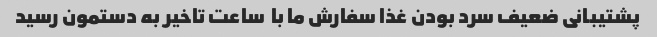
پشتیبانی ضعیف سرد بودن غذا سفارش ما با  ساعت تاخیر به دستمون رسید